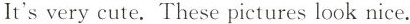
It's very cute. These pictures look nice.